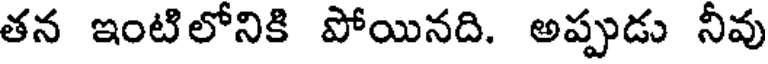
తన ఇంటిలోనికి పోయినది. అప్పుడు నీవు